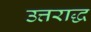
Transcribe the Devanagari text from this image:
उत्तराद्ध